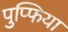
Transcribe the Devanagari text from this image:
पुप्फिया